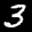
Label: 3